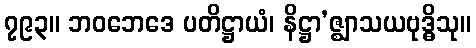
၇၉၃။ ဘဝဘေဒေ ပတိဋ္ဌာယံ၊ နိဋ္ဌာ’ဇ္ဈာသယဗုဒ္ဓိသု။